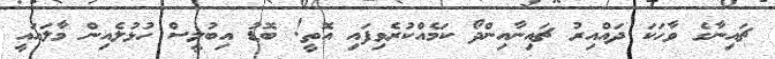
ޗައިނާގެ ވާހަކަ ދައްއިރު ޗައިނާއިންދޯ ކަމެއްކުރެވިފައި އޮތީ! ބޮޑު އިބުލީސް ހުޅުލެއިން މާލައައީ